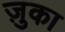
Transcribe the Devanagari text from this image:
ज़ुका